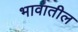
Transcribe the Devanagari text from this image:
भावातील